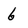
Character: 6